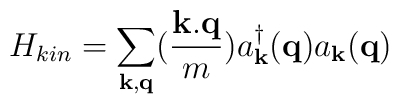
H_{kin} = \sum_{ {\bf{k}}, {\bf{q}} }(\frac{ {\bf{k.q}} }{m})a^{\dagger}_{ {\bf{k}} }({\bf{q}})a_{ {\bf{k}} }({\bf{q}})